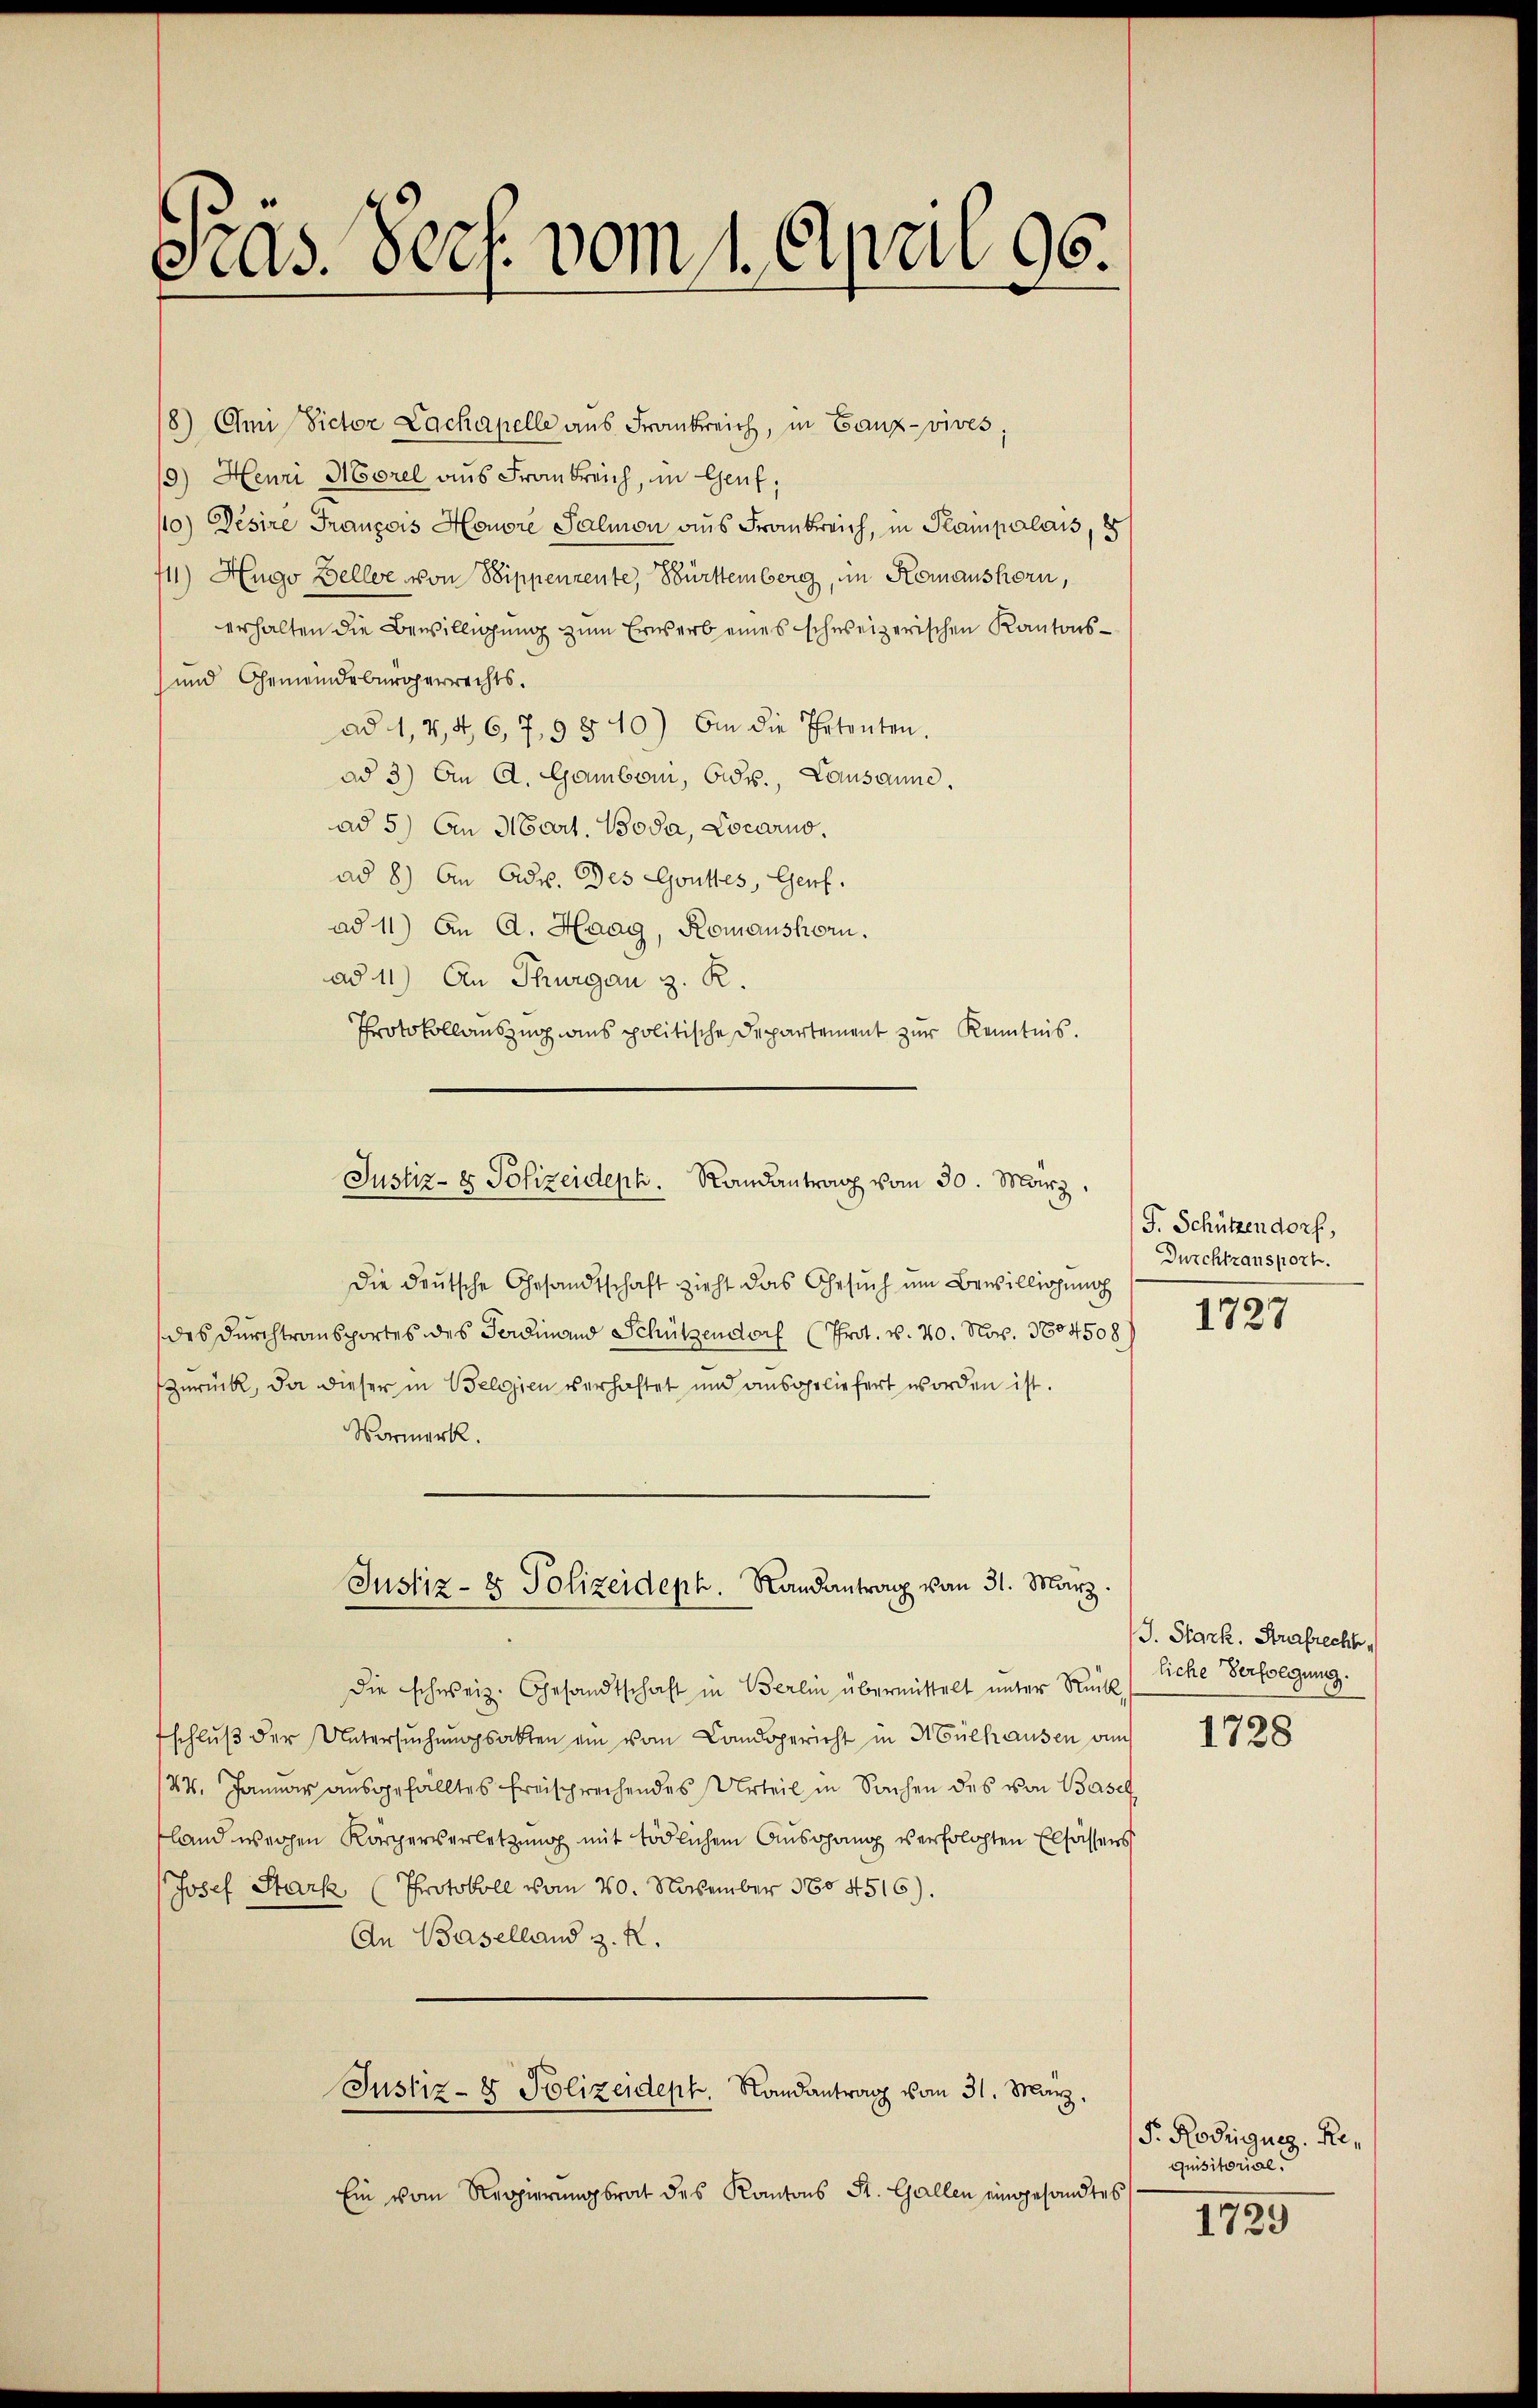
Präs. Porf. vom 1. April 96.

8) Omi Victor Lachapelle aus Frankreich, in Ganz-vives,
9.) Henri Morel aus Frankreich, im Genf;
10) Desire François Honore Palion aus Frankreich, in Plainpalais, 8
711) Hugo Beller von Sippenzente, Bürttemberg, im Komanshorn,
erhalten die Bewilligung zum Erwerb eines schweizerischen Kantons¬
und Gemeindebürgerrechts.
ad 1, 2, 46, 7, 9 § 40) An die Petenten.
ad 3) An A. Gamboni, Eidg., Lausanne.
ad 5) An Mart. Boda, Locarno.
ad 8) An Adv. Des Gottes, Genf.
ad 11) An A. Haag, Romanshorn.
ad 11) An Thurgau z. R.
Protokollauszug aus politische Departement zur Kenntnis.
Die deutsche Gesandtschaft zieht das Gesuch um Bewilligung
des Durchtransportes des Ferdinand Schützendorf (Prot. v. 20. Nov. 1884508
zurück, da dieser in Belgien verhaftet und ausgeliefert worden ist.
Marmerk.
Justiz- & Polizeidept. Randantrag von 31. März.
Die schweiz. Gesandtschaft in Berlin übermittelt unter Rück
schlŭβ der Untersŭchŭngsakten an vom Landsgericht in Mülhausen un
24. Januar ausgefalltes freisprechendes Urteil in Sachen des von Basel
land wegen Körperverletzung mit tödlichem Ausgang verholten Elsassens
Josef Stark (Protokoll vom 20. November 1804516).
An Baselland z. R.
Justiz- & Polizeideph. Landantrag vom 31. März,
Ein vom Regierŭngsrat des Kantons St. Gallen eingesandtes

Justiz- & Polizeideph. Randantrag vom 30. März,

F. Schützendorf,
Durchtzansport.

1727

J. Stark. Strafrecht,
liche Verfolgung.

1728

F. Rodigues Requisitorial.

1725